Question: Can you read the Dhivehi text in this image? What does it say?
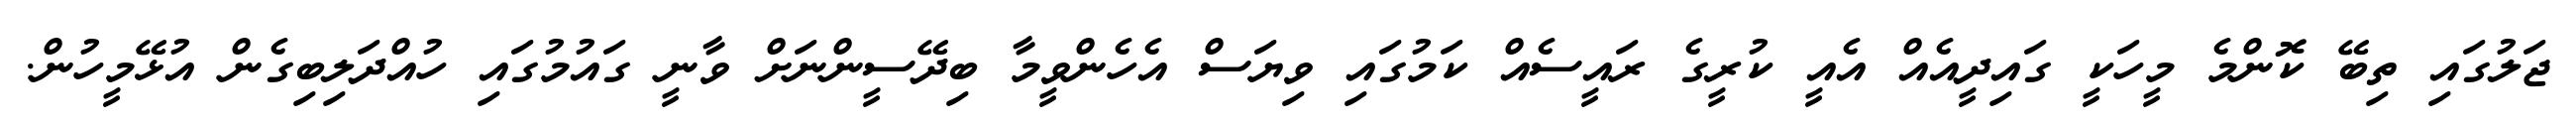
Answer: ޖަލުގައި ތިބޭ ކޮންމެ މީހަކީ ގައިދީއެއް އެއީ ކުރީގެ ރައީސެއް ކަމުގައި ވިޔަސް އެހެންވީމާ ބިދޭސީންނަށް ވާނީ ގައުމުގައި ހުއްދަލިބިގެން އުޅޭމީހުން.